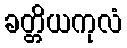
ခတ္တိယကုလံ